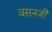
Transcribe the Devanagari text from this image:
वसनजी